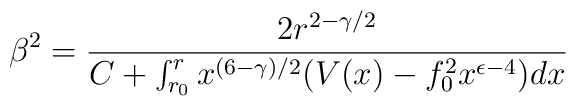
\beta^2 = \frac{2 r^{2- \gamma /2}}{C + \int_{r_0}^{r} x^{(6- \gamma )/2} (V(x) - f_0^2 x^{\epsilon -4} )  dx }